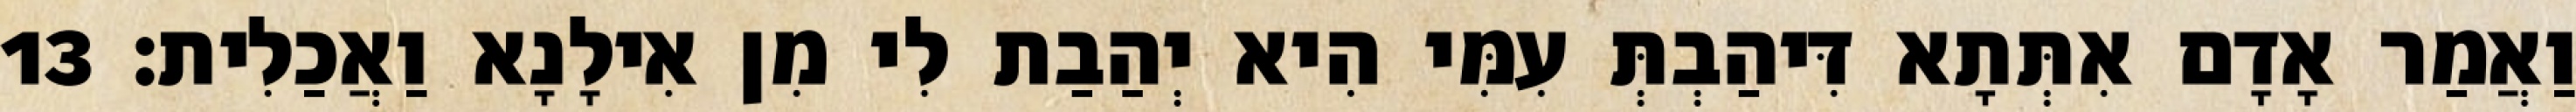
וַאֲמַר אָדָם אִתְּתָא דִּיהַבְתְּ עִמִּי הִיא יְהַבַת לִי מִן אִילָנָא וַאֲכַלִית׃ 13